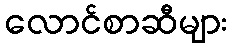
လောင်စာဆီများ